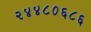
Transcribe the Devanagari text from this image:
२४४८०६८६